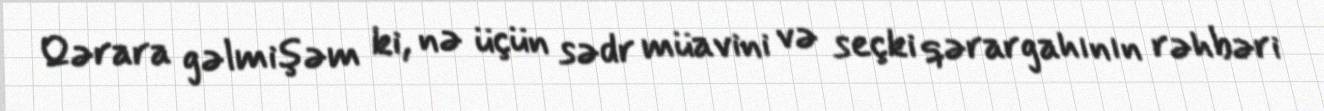
Qərara gəlmişəm ki, nə üçün sədr müavini və seçki qərargahının rəhbəri